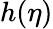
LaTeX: h(\eta)